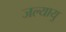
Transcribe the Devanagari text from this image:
जल्यायु